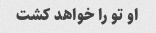
او تو را خواهد کشت